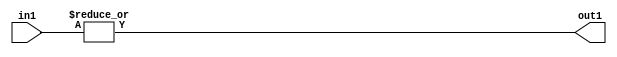
`timescale 1ps / 1ps
/*****************************************************************************
    Verilog RTL Description
    
    
    Created by: Stratus DpOpt 2019.1.01 
*******************************************************************************/

module DC_Filter_OrReduction_2U_1U_4 (
	in1,
	out1
	); /* architecture "behavioural" */ 
input [1:0] in1;
output  out1;
wire  asc001;

assign asc001 = 
	(|in1);

assign out1 = asc001;
endmodule

/* CADENCE  urXyTAo= : u9/ySgnWtBlWxVPRXgAZ4Og= ** DO NOT EDIT THIS LINE ******/